Lunatic asylums in Bengal annual reports 1912-1924 - 1912-1924
Year: 1912
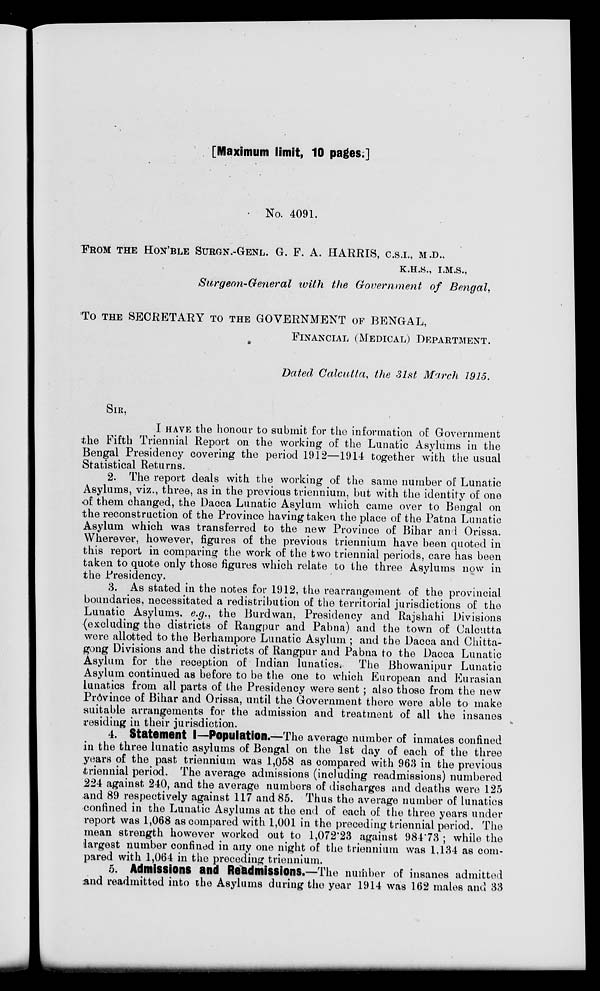
[Maximum limit, 10 pages;]
No. 4091.
FROM THE HON'BLE SURGN.-GENL. G. F. A. HARRIS, C.S.I., M.D.,
K.H.S., I.M.S.,
Surgeon-General with the Government of Bengal,
TO THE SECRETARY TO THE GOVERNMENT OF BENGAL,
FINANCIAL (MEDICAL) DEPARTMENT
Dated Calcutta, the 31st March 1915.
SIR,
I HAVE the honour to submit for the information of Government
the Fifth Triennial Report on the working of the Lunatic Asylums in the
Bengal Presidency covering the period 1912—1914 together with the usual
Statistical Returns.
2. The report deals with the working of the same number of Lunatic
Asylums, viz., three, as in the previous triennium, but with the identity of one
of them changed, the Dacca Lunatic Asylum which came over to Bengal on
the reconstruction of the Province having taken the place of the Patna Lunatic
Asylum which was transferred to the new Province of Bihar and Orissa.
Wherever, however, figures of the previous triennium have been quoted in
this report in comparing the work of the two triennial periods, care has been
taken to quote only those figures which relate to the three Asylums now in
the Presidency.
3. As stated in the notes for 1912, the rearrangement of the provincial
boundaries, necessitated a redistribution of the territorial jurisdictions of the
Lunatic Asylums, e.g., the Burdwan, Presidency and Rajshahi Divisions
(excluding the districts of Rangpur and Pabna) and the town of Calcutta
were allotted to the Berhampore Lunatic Asylum ; and the Dacca and Chitta-
gong Divisions and the districts of Rangpur and Pabna to the Dacca Lunatic
Asylum for the reception of Indian lunatics. The Bhowanipur Lunatic
Asylum continued as before to be the one to which European and Eurasian
lunatics from all parts of the Presidency were sent ; also those from the new
Province of Bihar and Orissa, until the Government there were able to make
suitable arrangements for the admission and treatment of all the insanes
residing in their jurisdiction.
4. Statement I—Population.—The average number of inmates confined
in the three lunatic asylums of Bengal on the 1st day of each of the three
years of the past triennium was 1,058 as compared with 963 in the previous
triennial period. The average admissions (including readmissions) numbered
224 against 240, and the average numbers of discharges and deaths were 125
and 89 respectively against 117 and 85. Thus the average number of lunatics
confined in the Lunatic Asylums at the end of each of the three years under
report was 1,068 as compared with 1,001 in the preceding triennial period. The
mean strength however worked out to 1,072.23 against 984.73 ; while the
largest number confined in any one night of the triennium was 1,134 as com-
pared with 1,064 in the preceding triennium.
5. Admissions and Readmissions.—The number of insanes admitted
and readmitted into the Asylums during the year 1914 was 162 males and 33